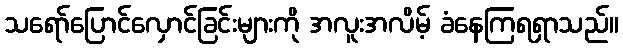
သရော်ပြောင်လှောင်ခြင်းများကို အလူးအလိမ့် ခံနေကြရရှာသည်။